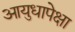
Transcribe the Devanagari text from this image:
आयुधापेक्षा